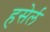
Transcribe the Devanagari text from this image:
हसेर्ल